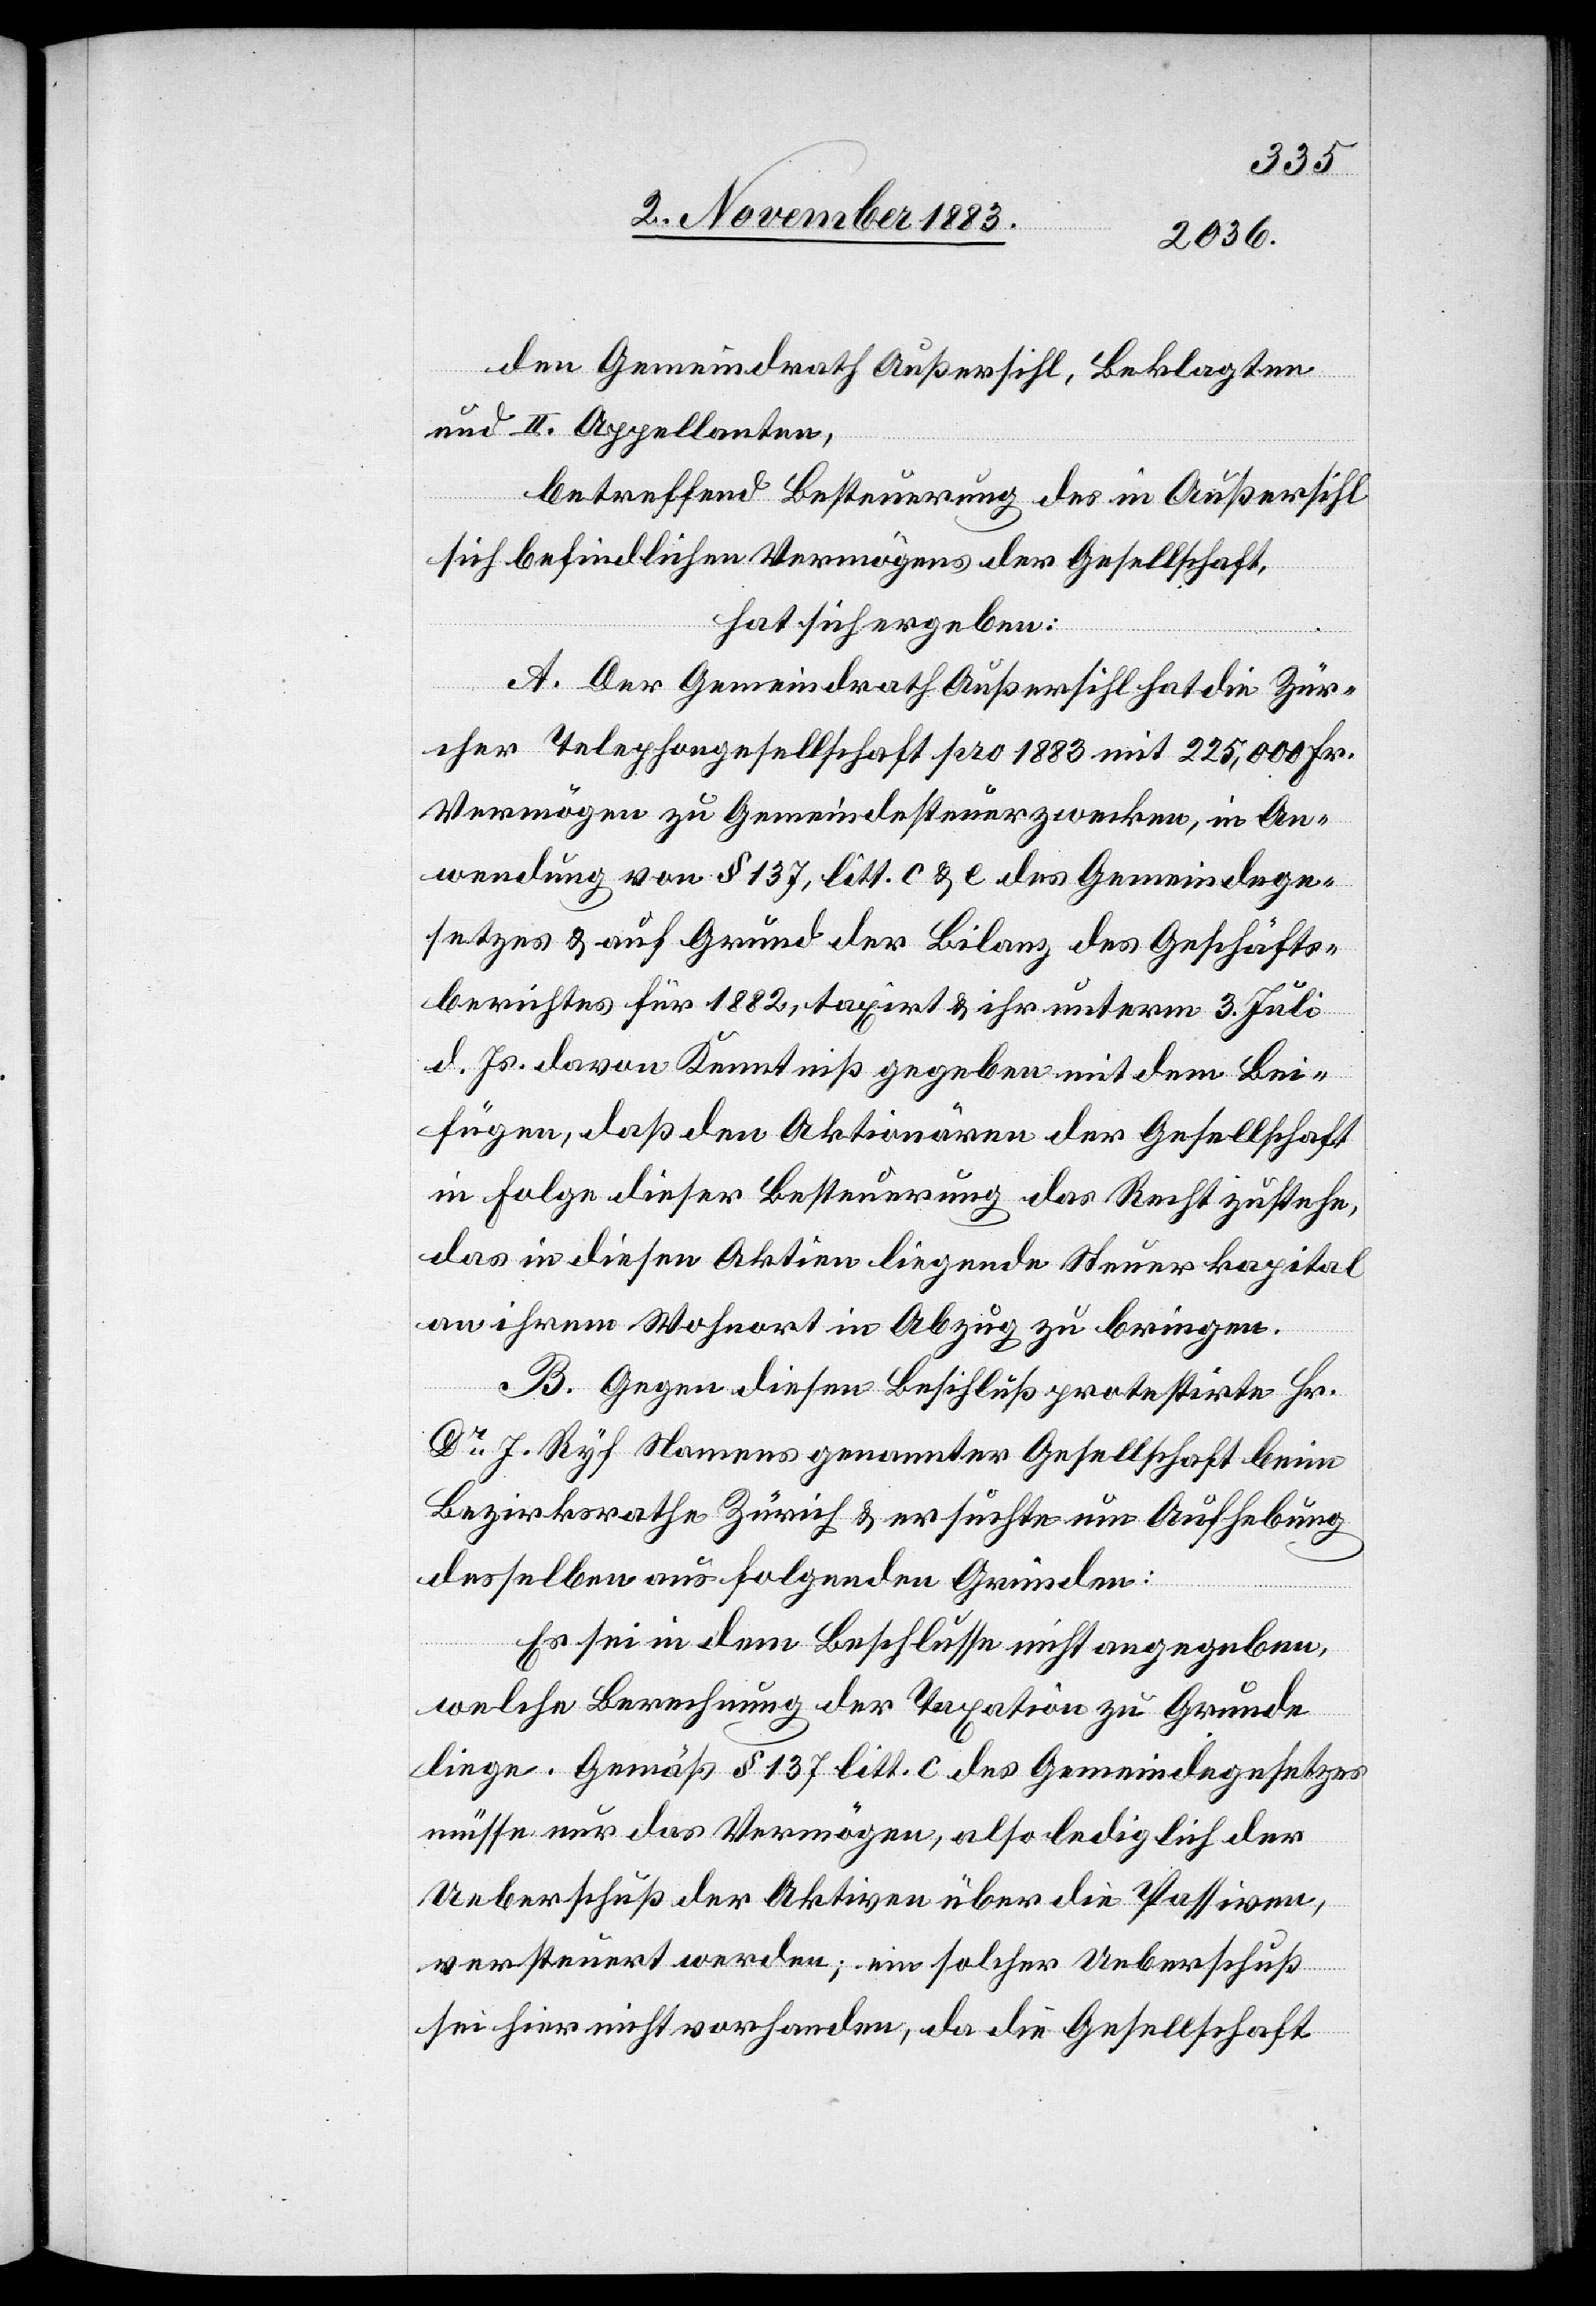
den Gemeindrath Außersihl, Beklagten
und II. Appellanten,
betreffend Besteuerung des in Außersihl
sich befindlichen Vermögens der Gesellschaft,
hat sich ergeben:
A. Der Gemeindrath Außersihl hat die Zür¬
cher Telephongesellschaft pro 1883 mit 225,000 Fr.
Vermögen zu Gemeindesteuerzwecken, in An¬
wendung von § 137, litt. c & e des Gemeindege¬
setzes & auf Grund der Bilanz des Geschäfts¬
berichtes für 1882, taxirt & ihr unterm 3. Juli
d. Js. davon Kenntniß gegeben mit dem Bei¬
fügen, daß den Aktionären der Gesellschaft
in Folge dieser Besteuerung das Recht zustehe,
das in diesen Aktien liegende Steuerkapital
an ihrem Wohnort i Abzug zu bringen.
B. Gegen diesen Beschluß protestirte Hr.
Dr J. Ryf Namens genannter Gesellschaft beim
Bezirksrathe Zürich & ersuchte um Aufhebung
desselben aus folgenden Gründen:
Es sie in dem Beschlusse nicht angegeben,
welche Berechnung der Taxation zu Grunde
liege. Gemäß § 137 litt. c des Gemeindegesetzes
müsse nur das Vermögen, also lediglich der
Ueberschuß der Aktiven über die Passiven,
versteuert werden; ein solcher Ueberschuß
sei hier nicht vorhanden, da die Gesellschaft